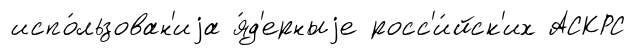
испо́льзован'иjа я́д'ерныjе росс'и́йск'их АСКРС